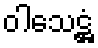
ဝါသေဋ္ဌံ